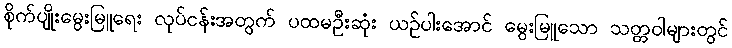
စိုက်ပျိုးမွေးမြူရေး လုပ်ငန်းအတွက် ပထမဦးဆုံး ယဉ်ပါးအောင် မွေးမြူသော သတ္တဝါများတွင်